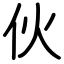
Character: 伙